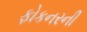
ફોકનરની